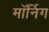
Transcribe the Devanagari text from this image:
मॉर्निग